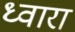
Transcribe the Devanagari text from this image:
ध्वारा